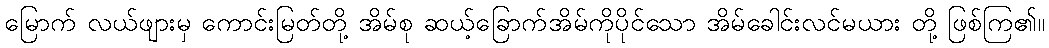
မြောက် လယ်ဖျားမှ ကောင်းမြတ်တို့ အိမ်စု ဆယ့်ခြောက်အိမ်ကိုပိုင်သော အိမ်ခေါင်းလင်မယား တို့ ဖြစ်ကြ၏။